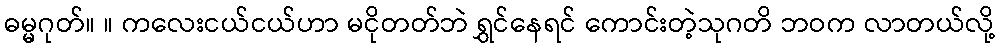
ဓမ္မဂုတ်။ ။ ကလေးငယ်ငယ်ဟာ မငိုတတ်ဘဲ ရွှင်နေရင် ကောင်းတဲ့သုဂတိ ဘဝက လာတယ်လို့